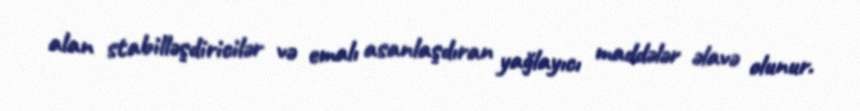
alan stabilləşdiricilər və emalı asanlaşdıran yağlayıcı maddələr əlavə olunur.